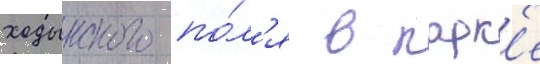
ходынского по́л'я в парк'е